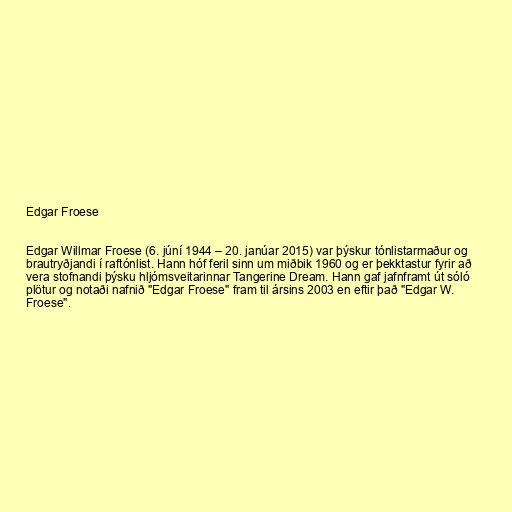
Edgar Froese

Edgar Willmar Froese (6. júní 1944 – 20. janúar 2015) var þýskur tónlistarmaður og
brautryðjandi í raftónlist. Hann hóf feril sinn um miðbik 1960 og er þekktastur fyrir að
vera stofnandi þýsku hljómsveitarinnar Tangerine Dream. Hann gaf jafnframt út sóló
plötur og notaði nafnið "Edgar Froese" fram til ársins 2003 en eftir það "Edgar W.
Froese".